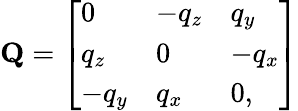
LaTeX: \mathbf{Q}=\left[\begin{array}{lll}{0}&{-q_{z}}&{q_{y}}\\ {q_{z}}&{0}&{-q_{x}}\\ {-q_{y}}&{q_{x}}&{0,}\end{array}\right]